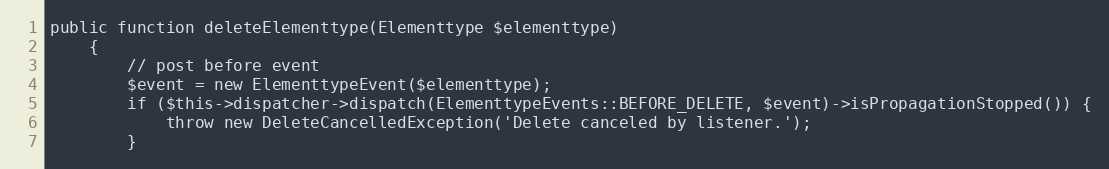
Language: PHP
public function deleteElementtype(Elementtype $elementtype)
    {
        // post before event
        $event = new ElementtypeEvent($elementtype);
        if ($this->dispatcher->dispatch(ElementtypeEvents::BEFORE_DELETE, $event)->isPropagationStopped()) {
            throw new DeleteCancelledException('Delete canceled by listener.');
        }